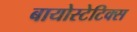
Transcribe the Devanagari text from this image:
बायोस्टेटिक्स